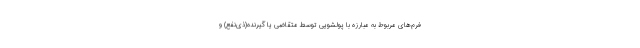
فرم‌های مربوط به مبارزه با پولشویی توسط متقاضی یا گیرنده(ذی‌نفع) و